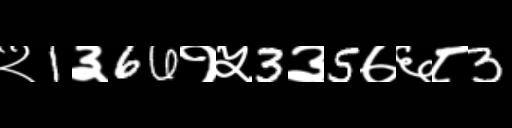
Text: २1३66१५3३5७६८3